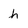
Character: h